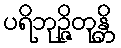
ပရိဘုဉ္ဇိတုန္တိ